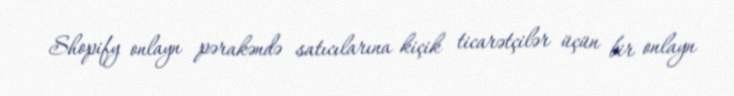
Shopify onlayn pərakəndə satıcılarına kiçik ticarətçilər üçün bir onlayn